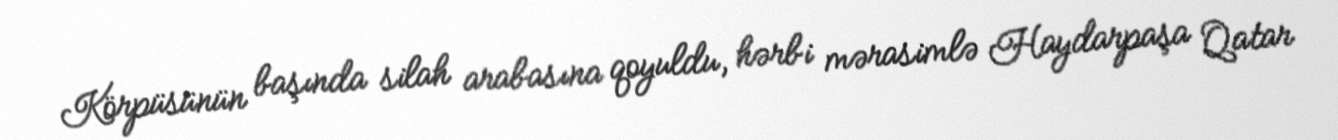
Körpüsünün başında silah arabasına qoyuldu, hərbi mərasimlə Haydarpaşa Qatar